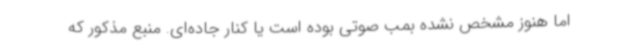
اما هنوز مشخص نشده بمب صوتی بوده است یا کنار جاده‌ای. منبع مذکور که